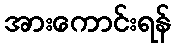
အားကောင်းရန်